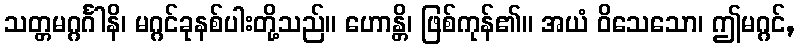
သတ္တမဂ္ဂင်္ဂါနိ၊ မဂ္ဂင်ခုနစ်ပါးတို့သည်။ ဟောန္တိ၊ ဖြစ်ကုန်၏။ အယံ ဝိသေသော၊ ဤမဂ္ဂင်,